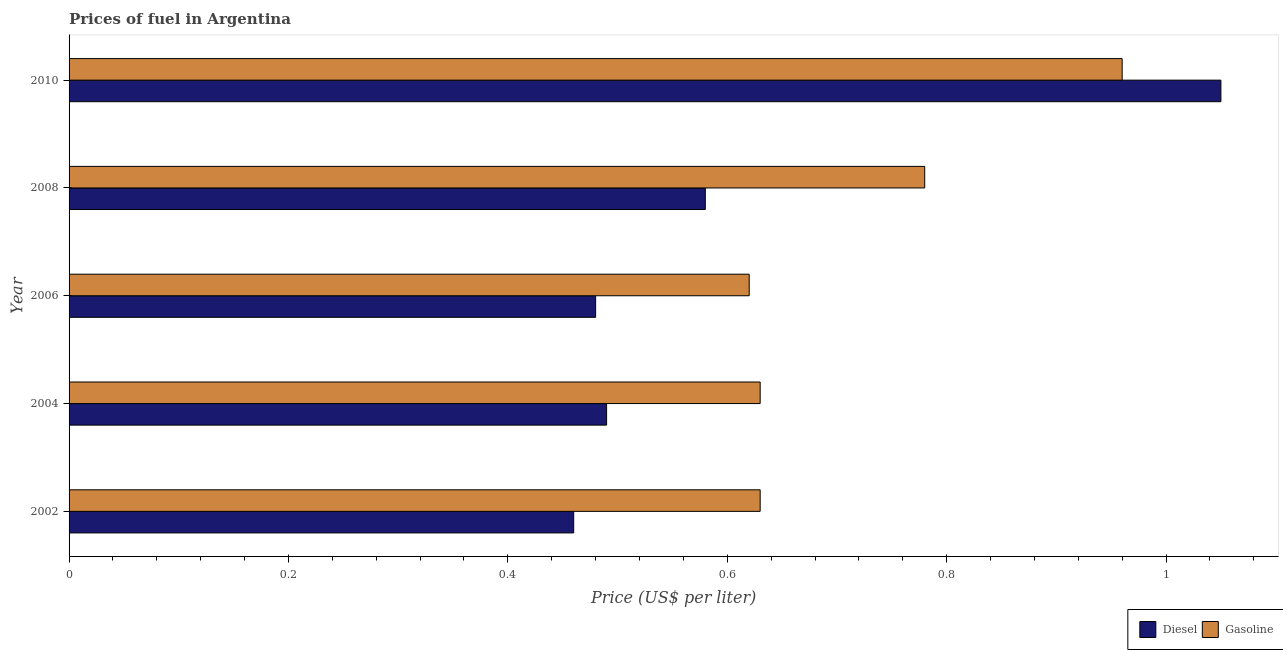
| Year | Diesel | Gasoline |
 | --- | --- | --- |
 | 2002 | 0.46 | 0.63 |
 | 2004 | 0.49 | 0.63 |
 | 2006 | 0.48 | 0.62 |
 | 2008 | 0.58 | 0.78 |
 | 2010 | 1.05 | 0.96 |